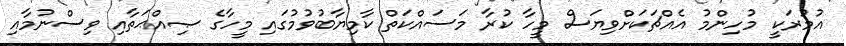
އުމުރަކީ މުހިންމު އެއްޗަކަށްވިޔަސް މީހާ ކުރާ މަސައްކަތް ކާމިޔާބުވުމުގައި މީހާގެ ޞިއްޙަތާއި ވިސްނުމާއި